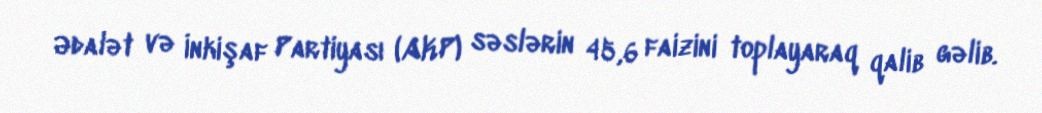
Ədalət və İnkişaf Partiyası (AKP) səslərin 45,6 faizini toplayaraq qalib gəlib.